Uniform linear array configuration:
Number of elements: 64
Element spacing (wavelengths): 0.25
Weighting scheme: blackman
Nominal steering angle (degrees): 45
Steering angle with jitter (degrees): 44.718
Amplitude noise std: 0.05
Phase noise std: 0.05

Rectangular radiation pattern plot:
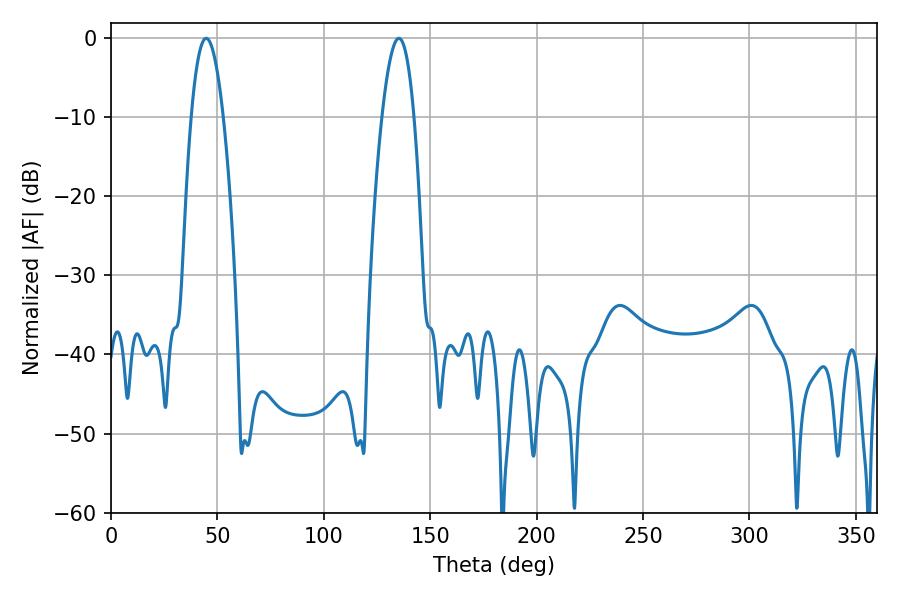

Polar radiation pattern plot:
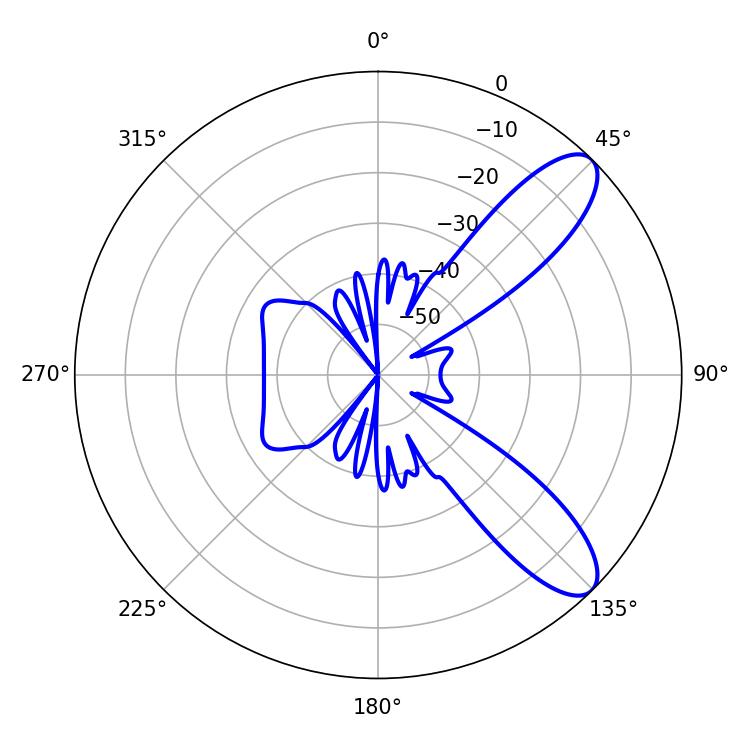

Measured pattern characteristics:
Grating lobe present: FALSE
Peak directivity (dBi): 9.603
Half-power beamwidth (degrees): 8.28
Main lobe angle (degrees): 44.64